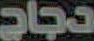
دجاج